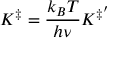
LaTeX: K ^ { \ddagger } = { \frac { k _ { B } T } { h \nu } } K ^ { \ddagger ^ { \prime } }